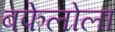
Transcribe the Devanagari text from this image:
बफेलोला